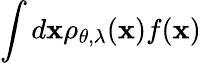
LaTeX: \int d\mathbf{x}\rho_{\theta,\lambda}(\mathbf{x})f(\mathbf{x})